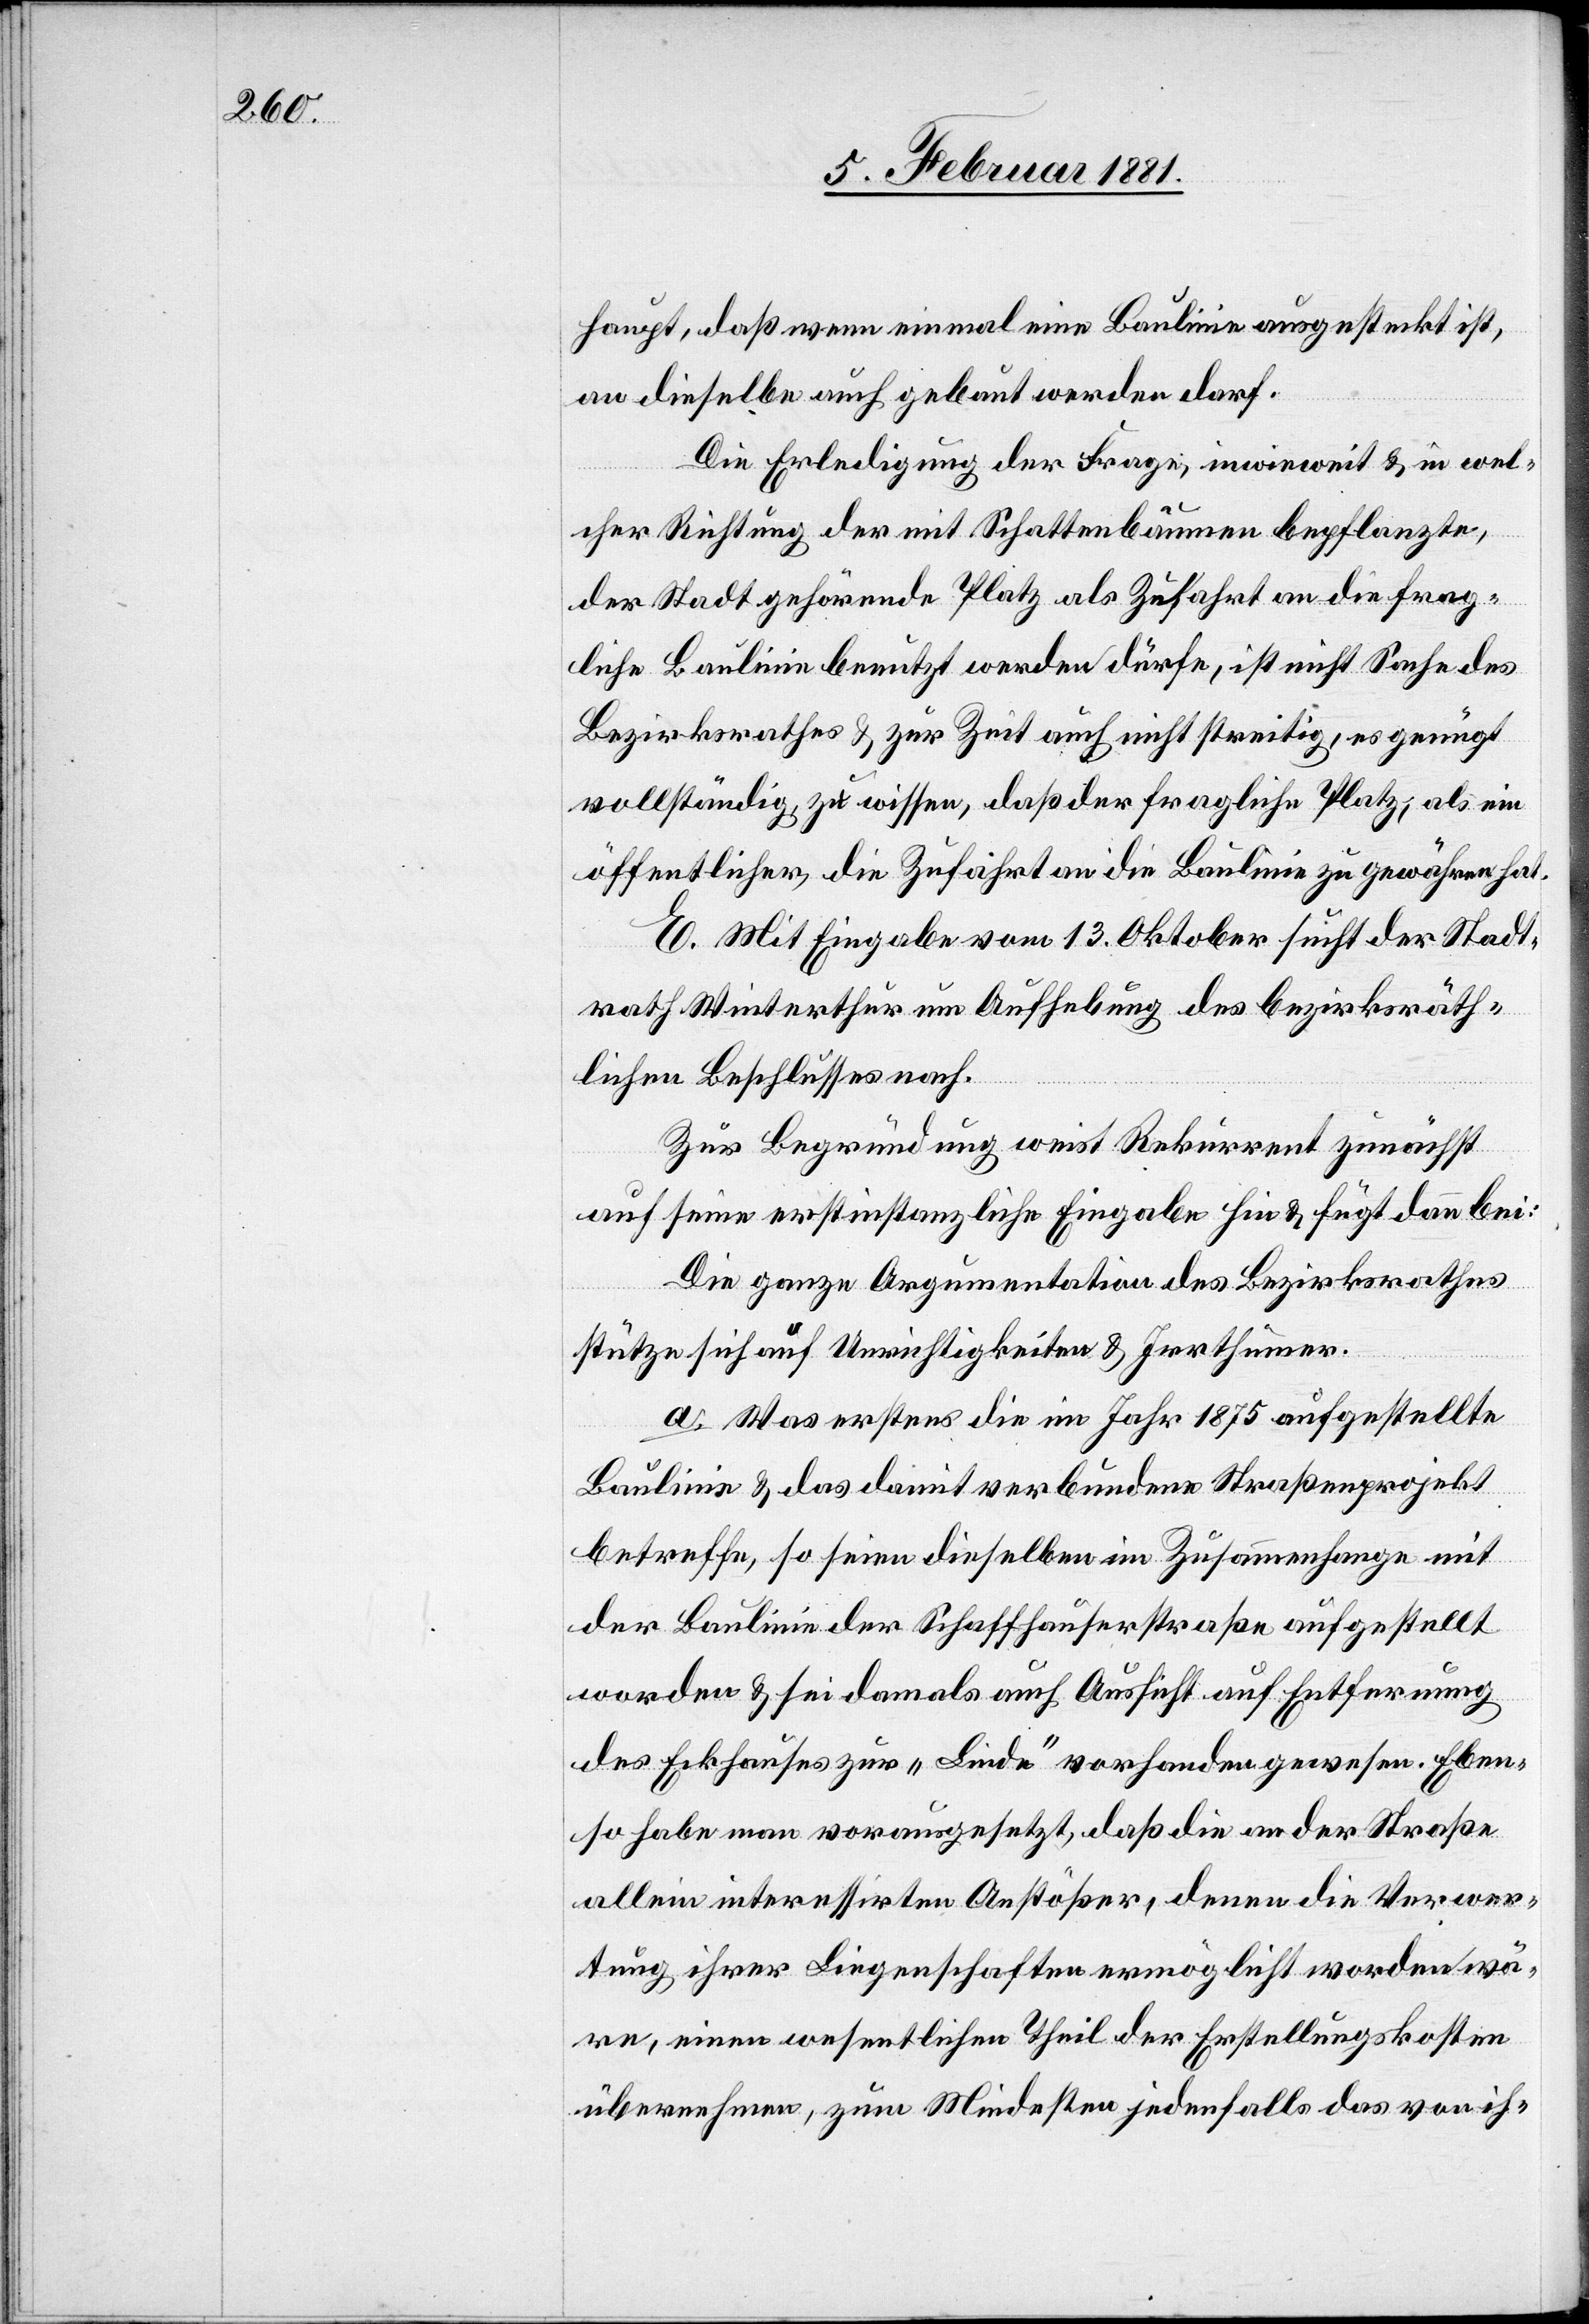
haupt, daß wenn einmal eine Baulinie ausgesteckt ist,
an dieselbe auch gebaut werden darf.
Die Erledigung der Frage, inwieweit & in wel¬
cher Richtung der mit Schattenbäumen bepflanzte,
der Stadt gehörende Platz als Zufahrt an die frag¬
liche Baulinie benutzt werden dürfe, ist nicht Sache des
Bezirksrathes & zur Zeit auch nicht streitig, es genügt
vollständig, zu wissen, daß der fragliche Platz, als ein
öffentlicher, die Zufahrt an die Baulinie zu gewähren hat.
E. Mit Eingabe vom 13. Oktober sucht der Stadt¬
rath Winterthur um Aufhebung des bezirksräth¬
lichen Beschlusses nach.
Zur Begründung weist Rekurrent zunächst
auf seine erstinstanzliche Eingabe hin & fügt dann bei:
Die ganze Argumentation des Bezirksrathes
stütze sich auf Unrichtigkeiten & Irrthümer.
a. Was erstens die im Jahr 1875 aufgestellte
Baulinie & das damit verbundene Straßenprojekt
betreffe, so seien dieselben im Zusammenhange mit
der Baulinie der Schaffhauserstraße aufgestellt
worden & sei damals auch Aussicht auf Entfernung
des Eckhauses zur „Linde“ vorhanden gewesen. Eben¬
so haben man vorausgesetzt, daß die an der Straße
allein interessirten Anstößer, denen die Verwer¬
tung ihrer Liegenschaften ermöglicht worden wä¬
re, einen wesentlichen Theil der Erstellungskosten
übernehmen, zum Mindesten jedenfalls das von ih-